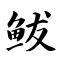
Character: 鲅